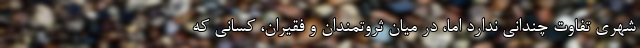
شهری تفاوت چندانی ندارد اما، در میان ثروتمندان و فقیران، کسانی که